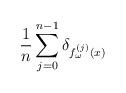
LaTeX: \begin{align*} \frac{1}{n} \sum _{j=0} ^{n-1} \delta _{f^{(j)} _ \omega (x)}\end{align*}